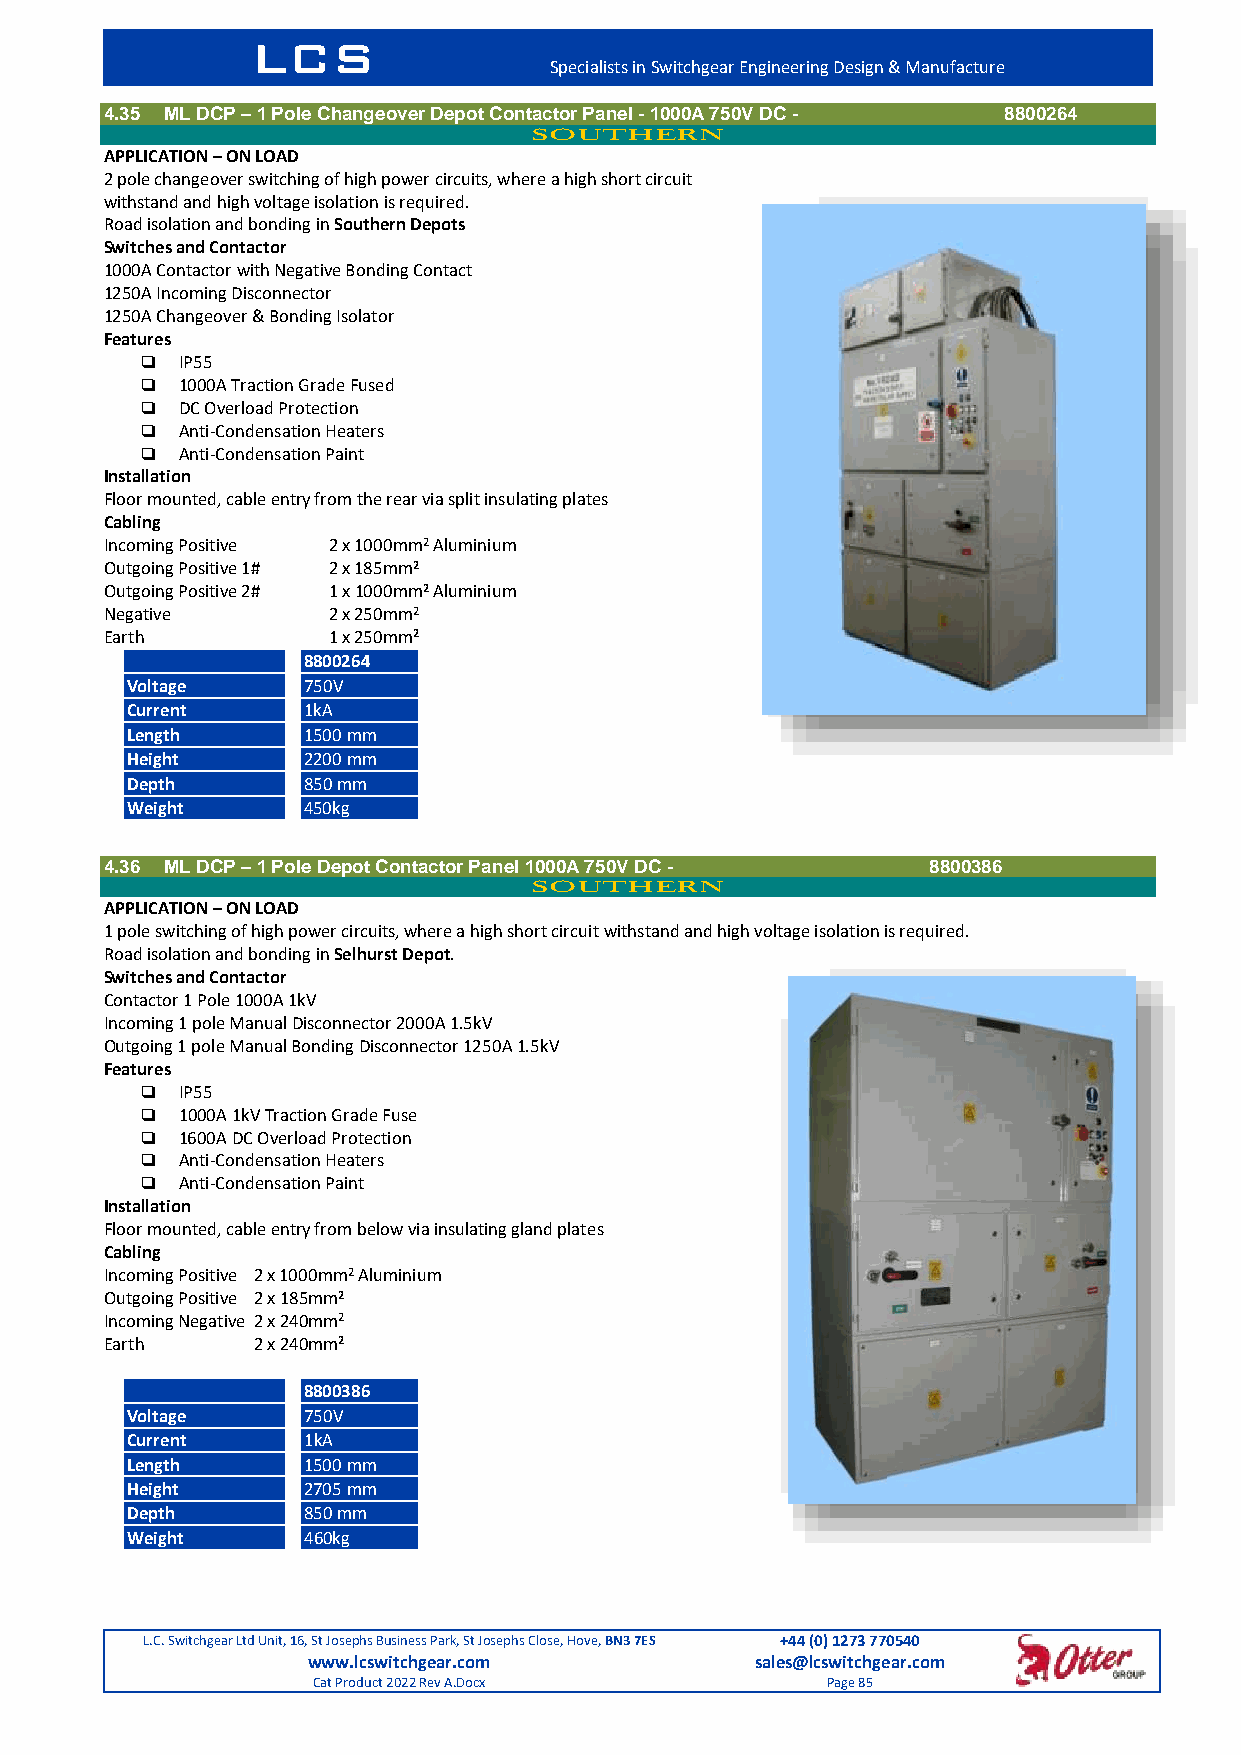
LCS
 Specialists in Switchgear Engineering Design & Manufacture
 4.35 ML DCP – 1 Pole Changeover Depot Contactor Panel - 1000A 750V DC - 8800264
 SOUTHERN
 APPLICATION – ON LOAD
 2 pole changeover switching of high power circuits, where a high short circuit
 withstand and high voltage isolation is required.
 Road isolation and bonding in Southern Depots
 Switches and Contactor
 1000A Contactor with Negative Bonding Contact
 1250A Incoming Disconnector
 1250A Changeover & Bonding Isolator
 Features
   IP55
   1000A Traction Grade Fused
   DC Overload Protection
   Anti-Condensation Heaters
   Anti-Condensation Paint
 Installation
 Floor mounted, cable entry from the rear via split insulating plates
 Cabling
 Incoming Positive 2 x 1000mm2 Aluminium
 Outgoing Positive 1# 2 x 185mm2
 Outgoing Positive 2# 1 x 1000mm2 Aluminium
 Negative       2 x 250mm2
 Earth          1 x 250mm2
 8800264
 Voltage     750V
 Current     1kA
 Length      1500 mm
 Height      2200 mm
 Depth       850 mm
 Weight      450kg
 4.36 ML DCP – 1 Pole Depot Contactor Panel 1000A 750V DC - 8800386
 SOUTHERN
 APPLICATION – ON LOAD
 1 pole switching of high power circuits, where a high short circuit withstand and high voltage isolation is required.
 Road isolation and bonding in Selhurst Depot.
 Switches and Contactor
 Contactor 1 Pole 1000A 1kV
 Incoming 1 pole Manual Disconnector 2000A 1.5kV
 Outgoing 1 pole Manual Bonding Disconnector 1250A 1.5kV
 Features
   IP55
   1000A 1kV Traction Grade Fuse
   1600A DC Overload Protection
   Anti-Condensation Heaters
   Anti-Condensation Paint
 Installation
 Floor mounted, cable entry from below via insulating gland plates
 Cabling
 Incoming Positive 2 x 1000mm2 Aluminium
 Outgoing Positive 2 x 185mm2
 Incoming Negative 2 x 240mm2
 Earth     2 x 240mm2
 8800386
 Voltage     750V
 Current     1kA
 Length      1500 mm
 Height      2705 mm
 Depth       850 mm
 Weight      460kg
 L.C. Switchgear Ltd Unit, 16, St Josephs Business Park, St Josephs Close, Hove, BN3 7ES +44 (0) 1273 770540
 www.lcswitchgear.com          sales@lcswitchgear.com
 Cat Product 2022 Rev A.Docx       Page 85